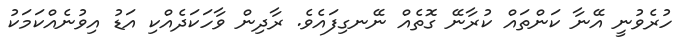
ހުރެވުނީ އޭނާ ކަންތައް ކުރާނޭ ގޮތެއް ނޭނގިފައެވެ. ރާދިން ވާހަކަދެއްކި އަޑު އިވުނެއްކަމަކު